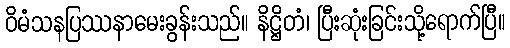
ဝိမံသနပြဿနာမေးခွန်းသည်။ နိဋ္ဌိတံ၊ ပြီးဆုံးခြင်းသို့ရောက်ပြီ။